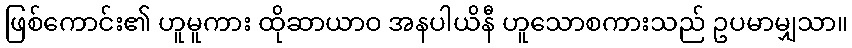
ဖြစ်ကောင်း၏ ဟူမူကား ထိုဆာယာဝ အနပါယိနီ ဟူသောစကားသည် ဥပမာမျှသာ။